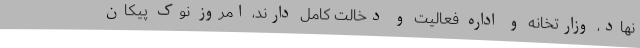
نهاد، وزارتخانه و اداره فعالیت و دخالت کامل دارند، امروز نوک پیکان